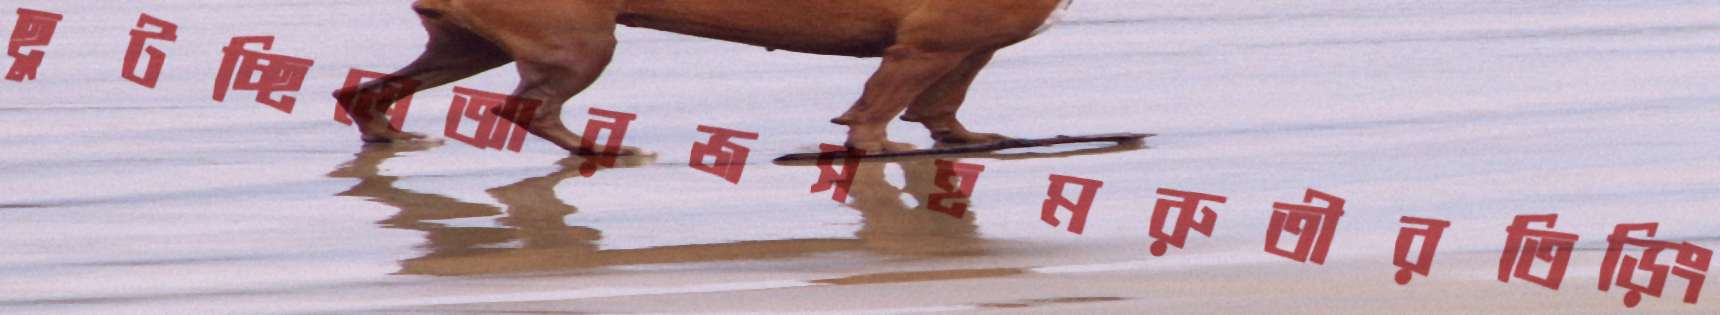
ছুটচ্ছিলেআরজসহমরুতীরতিড়িং